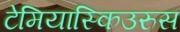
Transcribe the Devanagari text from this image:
टेमियास्किउरुस